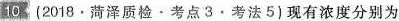
10 (2018 · 菏泽质检 · 考点3 · 考法5)现有浓度分别为